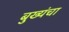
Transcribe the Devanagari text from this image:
बुख्यंचा